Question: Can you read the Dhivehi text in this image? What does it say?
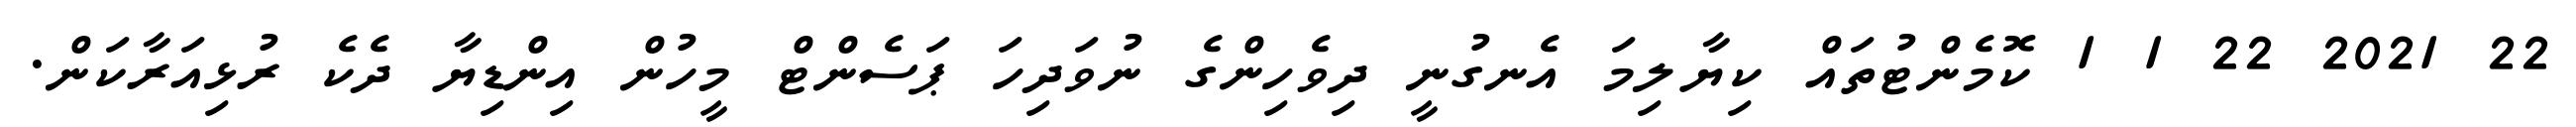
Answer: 22 2021 22 1 1 ކޮމެންޓުތައް ކިޔާލިމަ އެނގުނީ ދިވެހިންގެ ނުވަދިހަ ޕަސެންޓް މީހުން އިންޑިޔާ ދެކެ ރުޅިއަރާކަން.